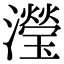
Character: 瀅